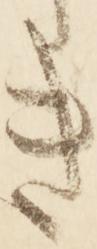
き